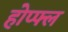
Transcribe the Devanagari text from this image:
होप्फ्ल